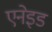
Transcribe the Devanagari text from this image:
एनेइड